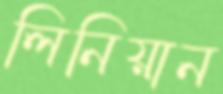
লিনিয়ান